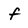
Character: f